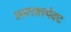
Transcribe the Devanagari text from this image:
अनएक्स्पेक्ट